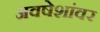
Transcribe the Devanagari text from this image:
अवषेशांवर